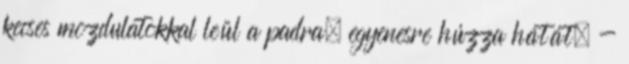
kecses mozdulatokkal leül a padra, egyenesre húzza hátát. -